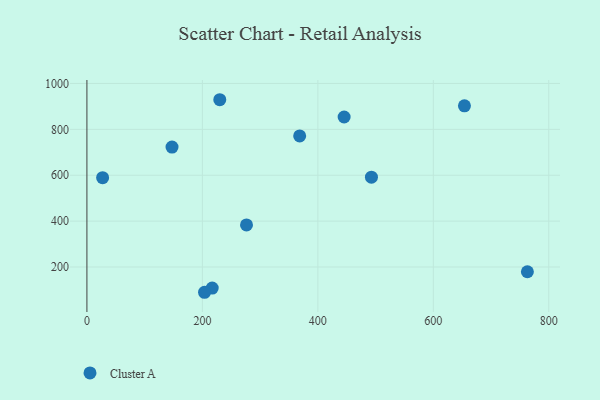
{"axis": {"x": "Price", "y": "Sales"}, "legend": ["Cluster A"], "data": [{"x": "276.4", "y": 383.3, "type": "Cluster A"}, {"x": "445.5", "y": 853.9, "type": "Cluster A"}, {"x": "217.0", "y": 108.0, "type": "Cluster A"}, {"x": "203.7", "y": 89.9, "type": "Cluster A"}, {"x": "368.5", "y": 771.4, "type": "Cluster A"}, {"x": "492.8", "y": 591.7, "type": "Cluster A"}, {"x": "762.9", "y": 179.4, "type": "Cluster A"}, {"x": "230.1", "y": 929.1, "type": "Cluster A"}, {"x": "653.9", "y": 902.3, "type": "Cluster A"}, {"x": "147.4", "y": 722.9, "type": "Cluster A"}, {"x": "27.2", "y": 589.2, "type": "Cluster A"}]}